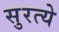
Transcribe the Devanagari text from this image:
सुरत्ये